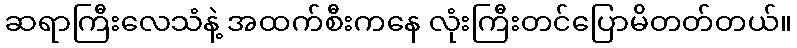
ဆရာကြီးလေသံနဲ့ အထက်စီးကနေ လုံးကြီးတင်ပြောမိတတ်တယ်။